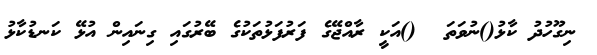
ނިގޫހުދު ކާޅު()ނުވަތަ  ()އަކީ ރާއްޖޭގެ ފަރުފަޅުތަކުގެ ބޭރުގައި ގިނައިން އުޅޭ ކަނޑުކާޅު